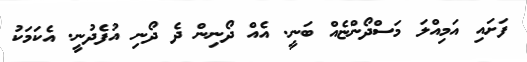
ފަށައި އަމިއްލަ މަސްދޯންޏެއް ބަނީ. އެއް ދޯނިން ދެ ދޯނި އުފެދުނީ. އެކަމަކު